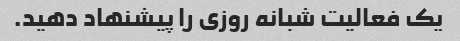
یک فعالیت شبانه روزی را پیشنهاد دهید.